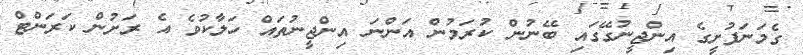
ގެމަނަފުށީގެ އިންޖީނުގޭގައި ބޭނުން ކުރަމުން އަންނަ އިންޖީނުތައް ހަލާކުވެ އެ ރަށުން ކަރަންޓް